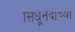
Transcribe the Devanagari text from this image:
सिंधूनदीच्या